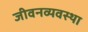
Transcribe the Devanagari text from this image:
जीवनव्यवस्था